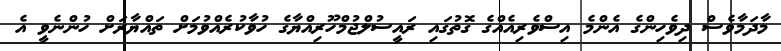
މާދަމާވެސް ދިވެހިންގެ އެންމެ އިސްވެރިއެއްގެ ގޮތުގައި ރައީސުލްޖުމްހޫރިއްޔާގެ ހުވާކުރެއްވުމަށް ތައްޔާރަށް ހުންނެވީ އެ